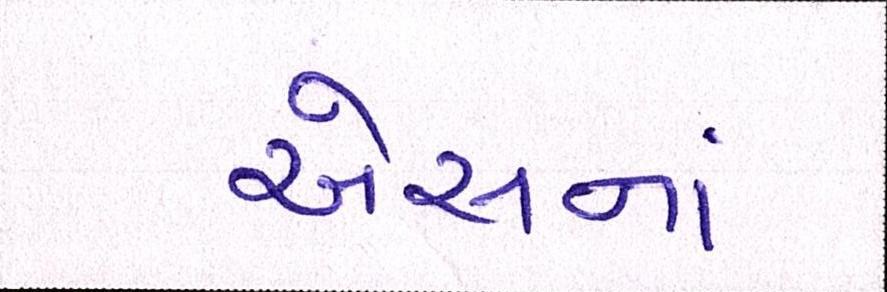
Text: એસનાં